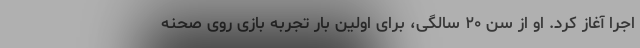
اجرا آغاز کرد. او از سن ۲۰ سالگی، برای اولین بار تجربه بازی روی صحنه